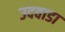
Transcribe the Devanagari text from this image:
उदवाडा